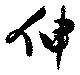
伸